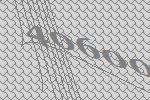
40600